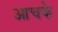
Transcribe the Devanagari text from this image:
आचके